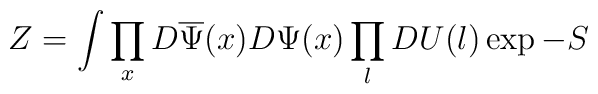
Z = \int \prod_{x}D\overline{\Psi}(x)D\Psi(x)\prod_{l}DU(l)\exp-S